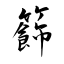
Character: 籂